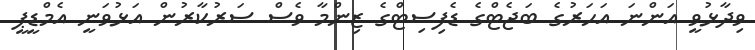
ވިދާޅުވީ އަންނަ އަހަރުގެ ބަޖެޓްގެ ޑެފިސިޓްގެ ޒިންމާ ވެސް ސަރުކާރުން އަޅުވަނީ އެމްޑީޕީ